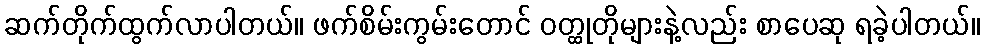
ဆက်တိုက်ထွက်လာပါတယ်။ ဖက်စိမ်းကွမ်းတောင် ဝတ္ထုတိုများနဲ့လည်း စာပေဆု ရခဲ့ပါတယ်။